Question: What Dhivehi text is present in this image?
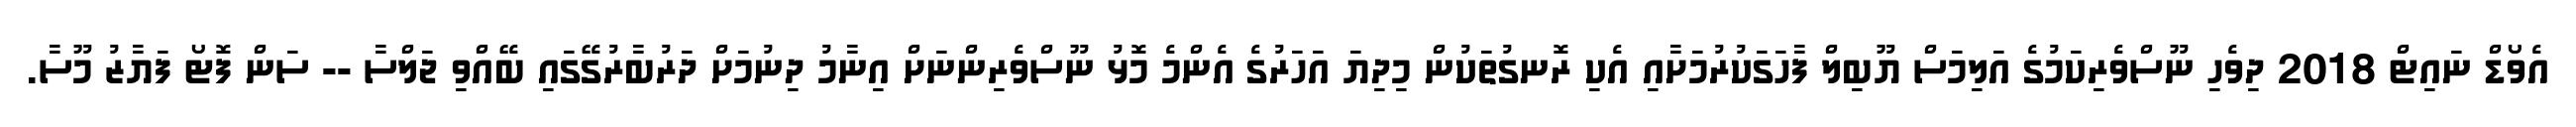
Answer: އެވޯޑް ނައިޓް 2018 ދިވެހި ނޫސްވެރިކަމުގެ އަލިމަސް ޔޫބިލް ފާހަގަކުރުމަށާއި އެކި ރޮނގުތަކުން މިދިޔަ އަހަރުގެ އެންމެ މޮޅު ނޫސްވެރިންނަށް އިނާމު ދިނުމަށް ދަރުބާރުގޭގައި ބޭއްވި ޖަލްސާ -- ސަން ފޮޓޯ ފަޔާޒު މޫސާ.